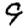
Digit: 9